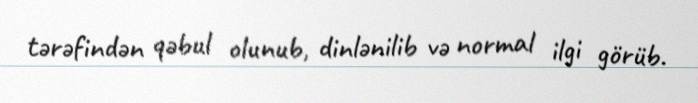
tərəfindən qəbul olunub, dinlənilib və normal ilgi görüb.